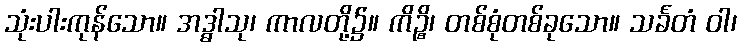
သုံးပါးကုန်သော။ အဒ္ဓါသု၊ ကာလတို့၌။ ကိဉ္စိ၊ တစ်စုံတစ်ခုသော။ သင်္ခတံ ဝါ၊